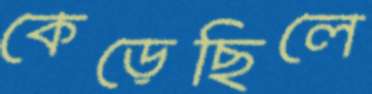
কেড়েছিলে